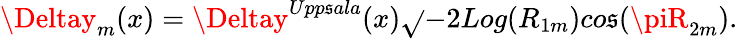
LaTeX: \Deltay_{m}(x)=\Deltay^{Upp\mathfrak{s}ala}(x)\sqrt{}{{-2Log(R_{1m})}}co\mathfrak{s}(\piR_{2m}).